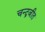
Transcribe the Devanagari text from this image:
चन्द्रजीत